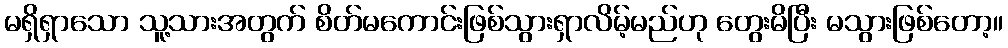
မရှိရှာသော သူ့သားအတွက် စိတ်မကောင်းဖြစ်သွားရှာလိမ့်မည်ဟု တွေးမိပြီး မသွားဖြစ်တော့။